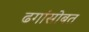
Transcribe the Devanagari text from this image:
ढगांसोबत